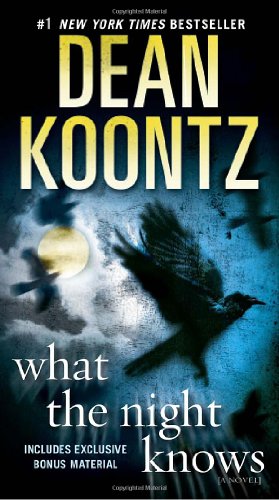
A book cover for What the Night Knows: A Novel; Dean Koontz; Romance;